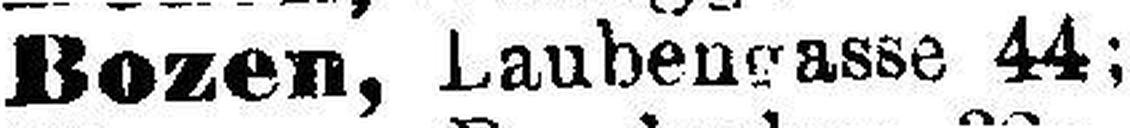
Bozen, Laubengasse 44;